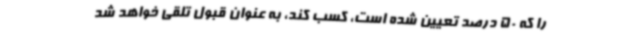
را که 50 درصد تعیین شده است، کسب کند، به عنوان قبول تلقی خواهد شد